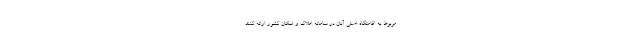
مربوط به اقامتگاه اصلی آنان در سامانه املاک و اسکان کشور ارائه کنند.